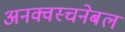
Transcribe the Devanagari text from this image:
अनक्वस्चनेबल